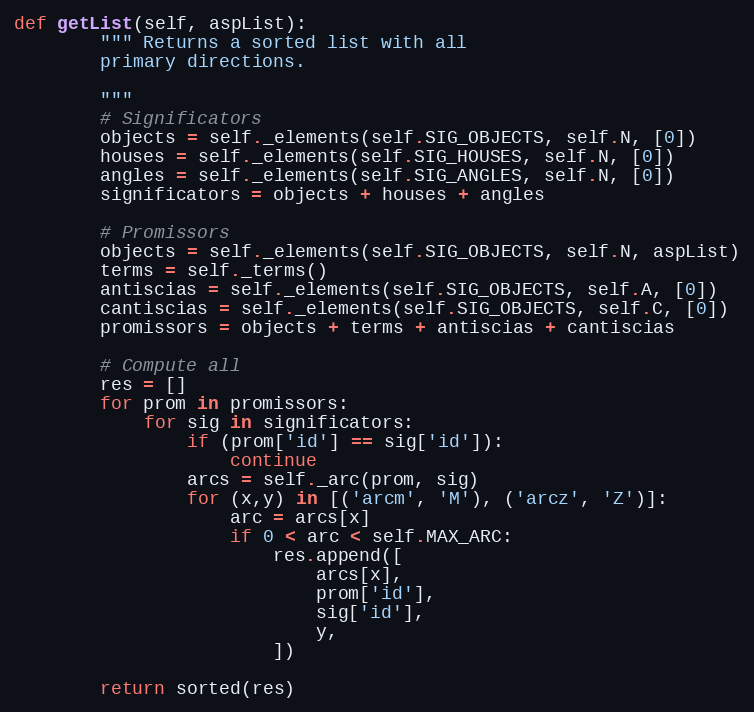
Language: Python
def getList(self, aspList):
        """ Returns a sorted list with all
        primary directions.

        """
        # Significators
        objects = self._elements(self.SIG_OBJECTS, self.N, [0])
        houses = self._elements(self.SIG_HOUSES, self.N, [0])
        angles = self._elements(self.SIG_ANGLES, self.N, [0])
        significators = objects + houses + angles

        # Promissors
        objects = self._elements(self.SIG_OBJECTS, self.N, aspList)
        terms = self._terms()
        antiscias = self._elements(self.SIG_OBJECTS, self.A, [0])
        cantiscias = self._elements(self.SIG_OBJECTS, self.C, [0])
        promissors = objects + terms + antiscias + cantiscias

        # Compute all
        res = []
        for prom in promissors:
            for sig in significators:
                if (prom['id'] == sig['id']):
                    continue
                arcs = self._arc(prom, sig)
                for (x,y) in [('arcm', 'M'), ('arcz', 'Z')]:
                    arc = arcs[x]
                    if 0 < arc < self.MAX_ARC:
                        res.append([
                            arcs[x],
                            prom['id'],
                            sig['id'],
                            y,
                        ])

        return sorted(res)